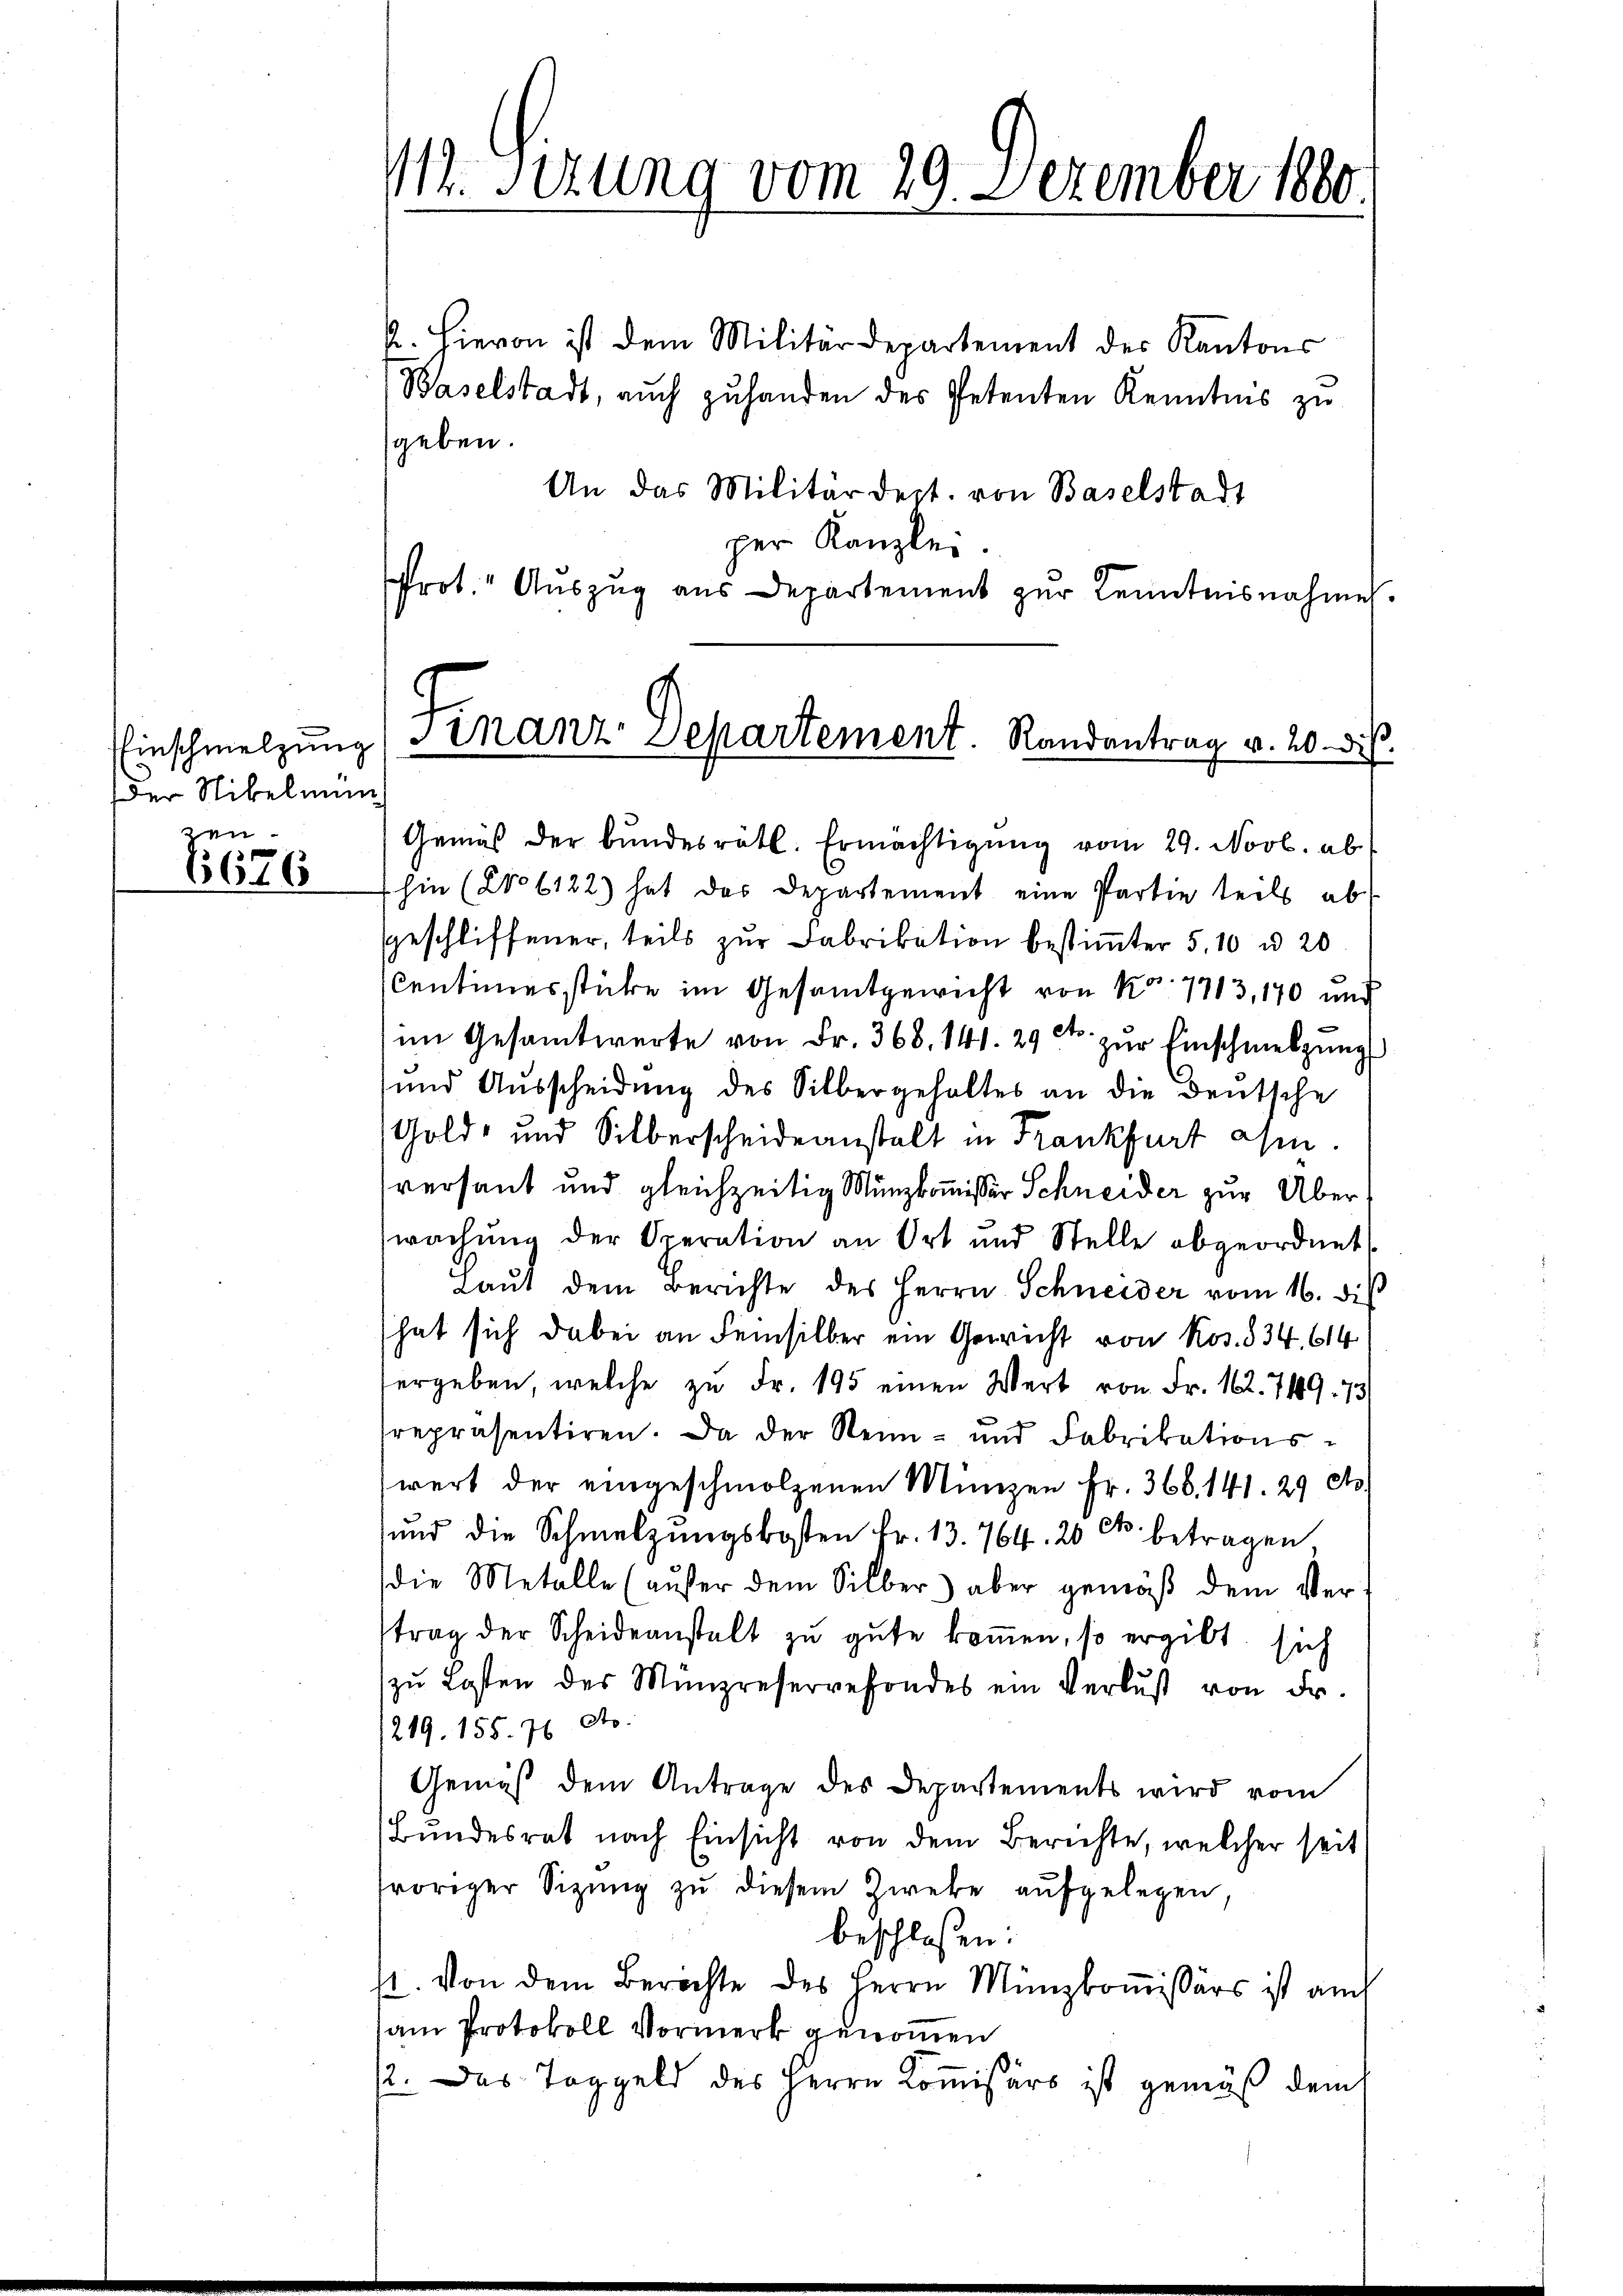
Einschmelzung
Der Nibelmun
zen.

1676

112. Sirung vom 29. Dezember 1880

2. Hievon ist dem Militärdepartement der Kantons
Baselstadt, auch zuhanden des Petenten Kenntnis zu
geben.
An das Militärdept. von Baselstadt
per Kanzlei.
rot. Auszug aus Departement zur Kenntnisnahme.

Finanz-Departement. Randantrag v. 20. di

Gemäß der bundesrätl. Ermächtigŭng vom 29. Novb. ab
hin (2o 6122) hat das Departement eine Partie teils ab
Geschliffener, teils zur Fabrikation bestimter 5,10 u. 20
Centimerstücke im Gesamtgewicht von Nr. 1713, 170 und
im Gesamtwerte von Fr. 368. 141. 29 t. zur Einschmelzung
und Ausscheidung des Silbergehaltes an die deutsche
Gold- und Silberscheideanstalt in Frankfurt ahm
versant und gleichzeitig Münzkommissär Schneider zur Über
wachŭng der Operation an Ort und Stelle abgeordnet.
Laŭt dem Berichte des Herrn Schneider vom 16. di
hat sich dabei an Seinsilber ein Gericht von Kos. 834. 614
ergeben, welche zŭ Fr. 195 einen Wert von Fr. 102. 719. 73
repräsentiren. Da der Rein- und Fabrikationswert der eingeschmolzenen Minizen Fr. 368. 141. 29 dto.
und die Schmelzungskosten Fr. 13. 764. 20 cts. betragen
die Metalle (aŭfer dem Silber aber gemäβ dem Ver
trag der Scheideanstalt zu gute kommen, so ergibt sich
zŭ Losten des Münzreservefondes ein Verlust von dr.
219. 155. 76 dto.
Gemäß dem Antrage des Departements wird vom
Bundesrat nach Einsicht von dem Berichte, welcher seit
voriger Sitzung zu diesem Zweke aufgelegen,
beschlossen:
4. Von dem Berechte des Herrn Münzkoṁissärs ist auch
am Protokoll Vormerk genommen
12. Das Taggeld des Herrn Kommissärs ist gemäß dem